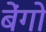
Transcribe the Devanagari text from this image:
बेंगो